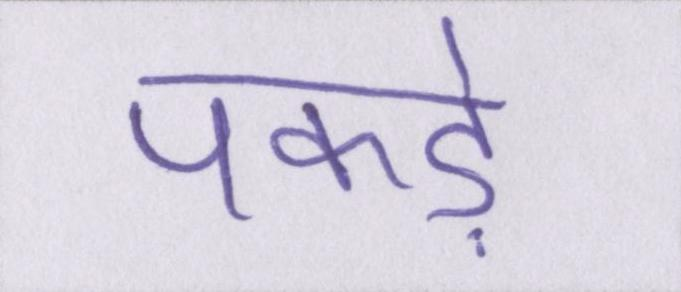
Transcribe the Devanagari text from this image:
पकड़े